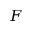
F